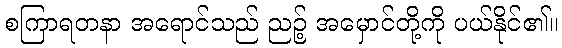
စကြာရတနာ အရောင်သည် ညဉ့် အမှောင်တို့ကို ပယ်နိုင်၏။